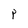
Character: P